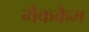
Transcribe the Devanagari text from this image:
मैककैम